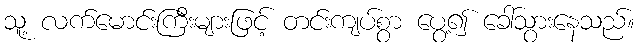
သူ့ လက်မောင်းကြီးများဖြင့် တင်းကျပ်စွာ ပွေ့၍ ခေါ်သွားနေသည်။